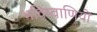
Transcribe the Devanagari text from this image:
भविष्वाणियों